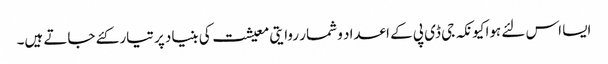
ایسا اس لئے ہوا کیونکہ جی ڈی پی کے اعداد و شمار روایتی معیشت کی بنیاد پر تیار کئے جاتے ہیں۔